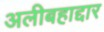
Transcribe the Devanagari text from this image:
अलीबहाद्दार